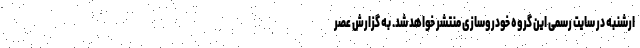
ارشنبه در سایت رسمی این گروه خودروسازی منتشر خواهد شد. به گزارش عصر